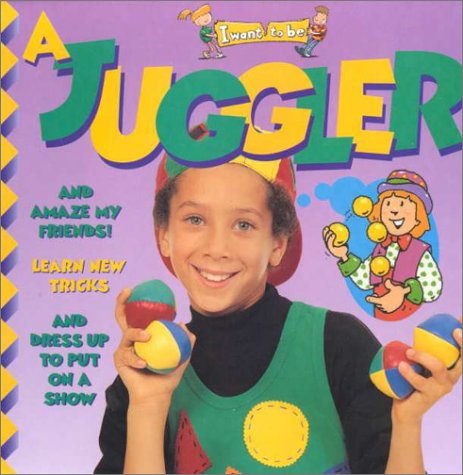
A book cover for A Juggler (I Want to Be (Paperback Twocan)); Ivan Bulloch; Sports & Outdoors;